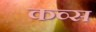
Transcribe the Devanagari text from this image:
कव्स